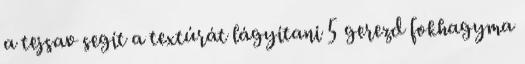
a tejsav segít a textúrát lágyítani 5 gerezd fokhagyma